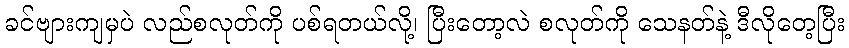
ခင်ဗျားကျမှပဲ လည်စလုတ်ကို ပစ်ရတယ်လို့၊ ပြီးတော့လဲ စလုတ်ကို သေနတ်နဲ့ ဒီလိုတေ့ပြီး